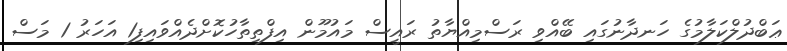
ޢަބްދުލްކަލާމުގެ ހަނދާނުގައި ބޭއްވި ރަސްމިއްޔާތު ރައީސް މައުމޫން އިފްތިތާހުކޮށްދެއްވައިފި1 އަހަރު 1 މަސް